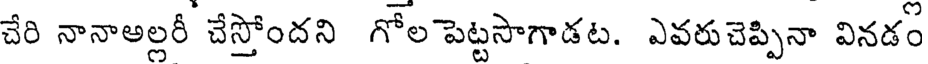
చేరి నానాఅల్లరీ చేస్తోందని గోల పెట్టసాగాడట. ఎవరుచెప్పినా వినడం